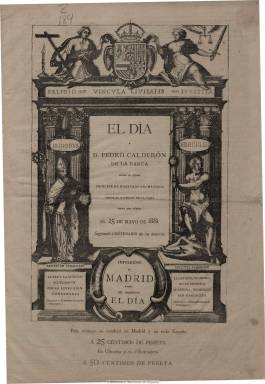
Título: El Día (Madrid. 1881)
Colección: Periódicos
Ámbito geográfico: Madrid
Lugar de publicación: Madrid
Fechas: 25/05/1881-04/04/1908

Fundado y dirigido por Camilo Hurtado de Amézaga (1827-1888), sexto marqués de Riscal, que le dio un carácter independiente dentro de una tendencia monárquica liberal, por quien ya había publicado en 1858-1859, y como “gaceta política independiente”, un periódico con el mismo título, antes de iniciar una interesantísima vida diplomática que le llevó a vivir en las principales capitales europeas. A su regreso a Madrid impulsará un periodismo modernizador en España, que tomará como modelo el londinense The Times, siendo El día el segundo, tras El imparcial, que se estampará en una rotativa en España, saliendo diariamente, incluso, al principio, los domingos, en números de cuatro páginas, y a cuatro y, posteriormente, a cinco columnas.

El día es un periódico informativo, político y comercial, que además de editoriales y artículos, ofrecerá secciones de telegramas de la agencia Fabra, crónicas y noticias generales sobre industria, agricultura, finanzas, administración, sucesos, espectáculos, etc. Mantendrá secciones fijas, como “Nota del día” o “En los círculos políticos”, “Correo de provincias”, “Extranjero” o “Variedades”. Dedicará espacios diarios al Ayuntamiento de Madrid o reseñará lo más destacado publicado en la Gaceta de Madrid, dará la información meteorológica y de cultos diaria, así como las cotizaciones de los mercados bursátiles de Madrid y París. Su crítico teatral será Antonio Peña y Goñi, y el taurino, José Estrañi, con el seudónimo “Tío Pepe”. Pero también resalta de este diario sus corresponsalías en Paris, Nueva York, Londres o Lisboa, y en las principales capitales españolas. Incluirá también el tradicional folletín y la inserción de numerosos anuncios comerciales harán de este periódico una empresa rentable. Llegará a tirar tres ediciones: para el correo del Norte, el del Mediodía y la local de Madrid.

Otra característica de este diario es la publicación todos los lunes de un suplemento literario, también de cuatro páginas, en el que colaborarán escritores sobresalientes de la época, como Leopoldo Alas Clarín, que lo hará hasta mediados de 1884, Antonio Alcalá Galiano o  Armando Palacio Valdés. También lo hará quincenalmente Emilio Castelar. Estas páginas estarán dedicadas a artículos de fondo y a la crítica literaria y bibliográfica, especialmente.

Su propio fundador y director escribirá numerosos artículos, y su tendencia liberal y moderada le hará hacer campaña a favor de la candidatura al ayuntamiento de Madrid en la que estarán Castelar, Sagasta, Montero Ríos, Martos, Moret y otros republicanos. Dos años antes del fallecimiento del marqués de Riscal, el diario pasará a ser propiedad de Segismundo Moret, uno de los principales líderes del partido liberal sagastino.

La colección de la BNE comienza con un número extraordinario dedicado a Calderón de la Barca. A partir de 1908 este título será continuado por un germanófilo El día de Madrid, no antes haber estado recibiendo su predecesor El día subvenciones del gobierno alemán hasta 1895.

[Descripción modificada el 10/11/2022]